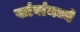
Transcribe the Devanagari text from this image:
खांबांमध्ये